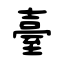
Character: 臺